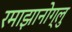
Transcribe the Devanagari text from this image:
रमाझानोग्लु